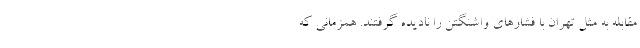
مقابله به مثل تهران با فشارهای واشنگتن را نادیده گرفتند. همزمانی که